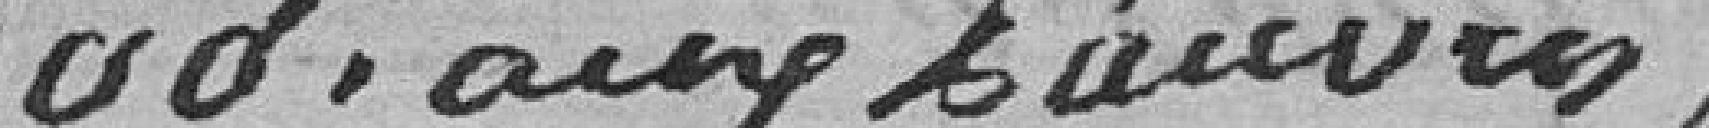
400 francs aux pauvres